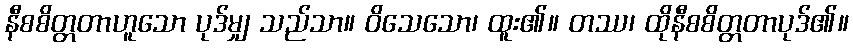
နီစစိတ္တတာဟူသော ပုဒ်မျှ သည်သာ။ ဝိသေသော၊ ထူး၏။ တဿ၊ ထိုနီစစိတ္တတာပုဒ်၏။